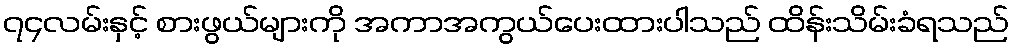
၇၄လမ်းနှင့် စားဖွယ်များကို အကာအကွယ်ပေးထားပါသည် ထိန်းသိမ်းခံရသည်